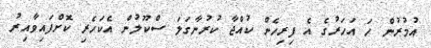
އުމުރުން ހަ އަހަރުގެ އެ ފިރިހެން ކުއްޖާ ކުރުނާގަލަ ސްކޫލުން އެކަހެރި ކޮށްފައިވާއިރު